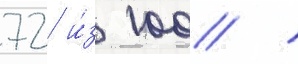
72 и́з 100 /